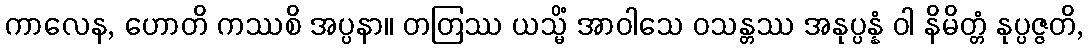
ကာလေန, ဟောတိ ကဿစိ အပ္ပနာ။ တတြဿ ယသ္မိံ အာဝါသေ ဝသန္တဿ အနုပ္ပန္နံ ဝါ နိမိတ္တံ နုပ္ပဇ္ဇတိ,